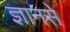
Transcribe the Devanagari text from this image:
ज्ञानसे